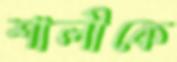
শালীকে